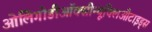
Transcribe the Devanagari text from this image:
ओलिगोडीऑक्सीन्यूक्लिओटाइड्स